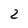
Character: 2